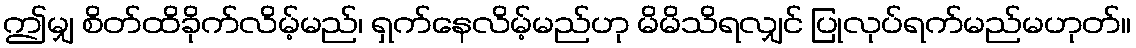
ဤမျှ စိတ်ထိခိုက်လိမ့်မည်၊ ရှက်နေလိမ့်မည်ဟု မိမိသိရလျှင် ပြုလုပ်ရက်မည်မဟုတ်။